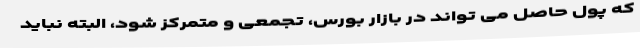
که پول حاصل می تواند در بازار بورس، تجمعی و متمرکز شود، البته نباید